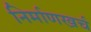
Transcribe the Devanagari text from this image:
निर्माणखर्च